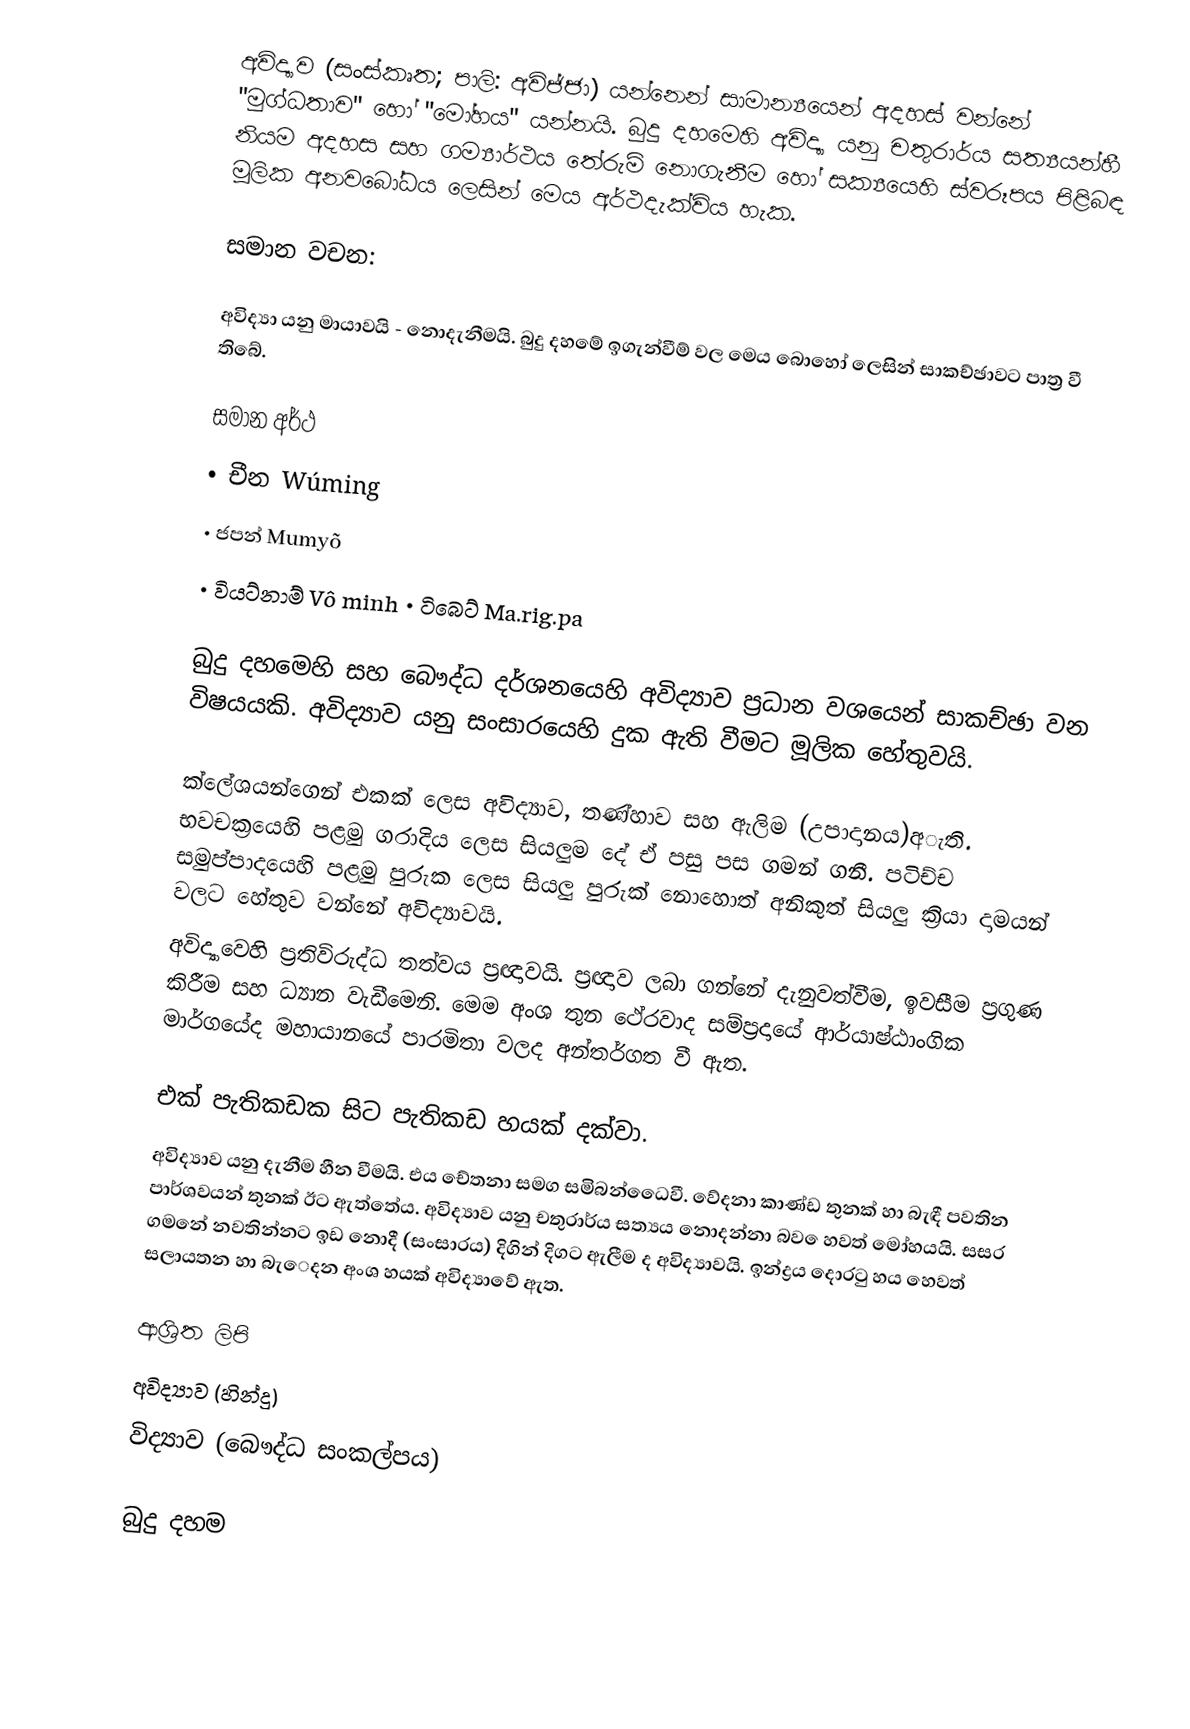
අවිද්‍යාව (සංස්කෘත; පාලි: අවිජ්ජා) යන්නෙන් සාමාන්‍යයෙන් අදහස් වන්නේ "මුග්ධතාව" හෝ "මෝහය" යන්නයි. බුදු දහමෙහි අවිද්‍යා යනු චතුරාර්ය සත්‍යයන්හී නියම අදහස සහ ගම්‍යාර්ථය තේරුම් නොගැනීම  හෝ සක්‍යයෙහි ස්වරූපය පිළිබඳ මූලික අනවබෝධය ලෙසින් මෙය අර්ථදැක්විය හැක.

සමාන වචන:

	අවිද්‍යා යනු මායාවයි - නොදැනීමයි. බුදු දහමේ ඉගැන්වීම් වල මෙය බොහෝ ලෙසින් සාකච්ඡාවට පාත්‍ර වී තිබේ.

සමාන අර්ථ
	•   චීන Wúming
	•   ජපන් Mumyõ
	•   වියට්නාම් Vô minh  •   ටිබෙට් Ma.rig.pa

	බුදු දහමෙහි සහ බෞද්ධ දර්ශනයෙහි අවිද්‍යාව ප්‍රධාන වශයෙන් සාකච්ඡා වන විෂයයකි. අවිද්‍යාව යනු සංසාරයෙහි දුක ඇති වීමට මූලික හේතුවයි.

	ක්ලේශයන්ගෙන් එකක් ලෙස අවිද්‍යාව, තණ්හාව සහ ඇලිම (උපාදානය)අැති. භවචක්‍රයෙහි පළමු ගරාදිය ලෙස සියලුම දේ ඒ පසු පස ගමන් ගනී. පටිච්ච සමුප්පාදයෙහි පළමු පුරුක ලෙස සියලු පුරුක් නොහොත් අනිකුත් සියලු ක්‍රියා දාමයන් වලට හේතුව වන්නේ අවිද්‍යාවයි.
	අවිද්‍යාවෙහි ප්‍රතිවිරුද්ධ තත්වය ප්‍රඥාවයි. ප්‍රඥාව ලබා ගන්නේ දැනුවත්වීම, ඉවසීම ප්‍රගුණ කිරීම සහ ධ්‍යාන වැඩීමෙනි. මෙම අංශ තුන ථේරවාද සම්ප්‍රදායේ ආර්යාෂ්ඨාංගික මාර්ගයේද මහායානයේ පාරමිතා වලද අන්තර්ගත වී ඇත.

එක් පැතිකඩක සිට පැතිකඩ හයක් දක්වා.
	අවිද්‍යාව යනු දැනීම හීන වීමයි. එය චේතනා සමග සමිබන්ධෙෙවී. වේදනා කාණ්ඩ තුනක් හා බැඳී පවතින  පාර්ශවයන් තුනක් ඊට ඇත්තේය. අවිද්‍යාව යනු චතුරාර්ය සත්‍යය නොදන්නා බව ෙහවත් මෝහයයි. සසර ගමනේ නවතින්නට ඉඩ නොදී (සංසාරය) දිගින් දිගට ඇලීම ද අවිද්‍යාවයි. ඉන්ද්‍රය දොරටු හය හෙවත් සලායතන හා බැ‍ෙදන අංශ හයක් අවිද්‍යාවේ ඇත.

ආශ්‍රිත ලිපි
 අවිද්‍යාව (හින්දු)
 විද්‍යාව (බෞද්ධ සංකල්පය)

බුදු දහම